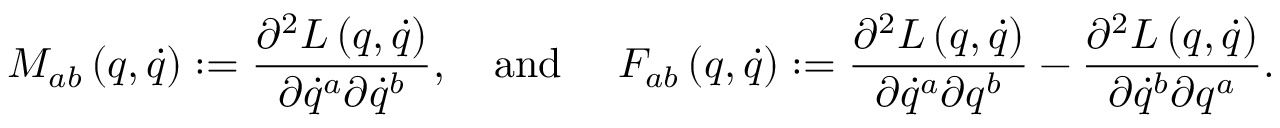
M _ { a b } \left( q , \dot { q } \right) : = \frac { \partial ^ { 2 } L \left( q , \dot { q } \right) } { \partial \dot { q } ^ { a } \partial \dot { q } ^ { b } } , \quad \mathrm { a n d ~ } \quad F _ { a b } \left( q , \dot { q } \right) : = \frac { \partial ^ { 2 } L \left( q , \dot { q } \right) } { \partial \dot { q } ^ { a } \partial q ^ { b } } - \frac { \partial ^ { 2 } L \left( q , \dot { q } \right) } { \partial \dot { q } ^ { b } \partial q ^ { a } } .